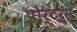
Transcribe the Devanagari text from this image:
पोर्टर्स